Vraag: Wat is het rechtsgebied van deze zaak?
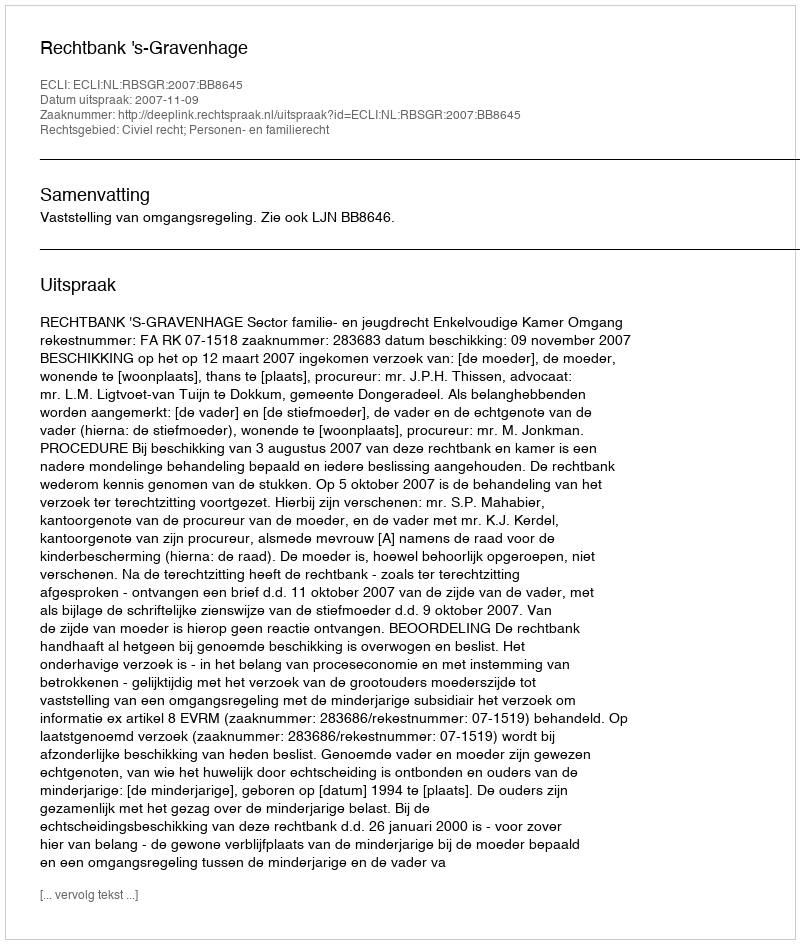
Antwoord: Civiel recht; Personen- en familierecht